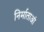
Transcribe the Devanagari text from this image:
निर्माताआं